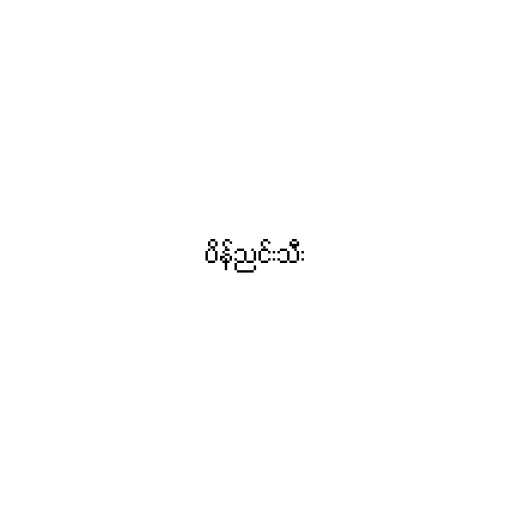
ပိန်ညင်းသီး